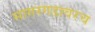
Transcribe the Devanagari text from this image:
सागरगडावरच